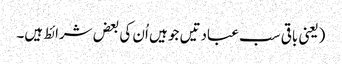
(یعنی باقی سب عبادتیں جو ہیں اُن کی بعض شرائط ہیں۔